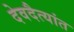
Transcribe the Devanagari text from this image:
देवदैत्यांत